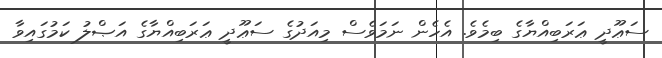
ސަޢޫދީ ޢަރަބިއްޔާގެ ބިމެވެ. އެހެން ނަމަވެސް މިއަދުގެ ސަޢޫދީ ޢަރަބިއްޔާގެ އަޞްލު ކަމުގައިވާ